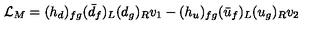
{ \cal L } _ { M } = ( h _ { d } ) _ { f g } ( \bar { d } _ { f } ) _ { L } ( d _ { g } ) _ { R } v _ { 1 } - ( h _ { u } ) _ { f g } ( \bar { u } _ { f } ) _ { L } ( u _ { g } ) _ { R } v _ { 2 }